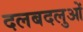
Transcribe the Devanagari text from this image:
दलबदलुओं